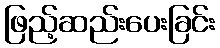
ဖြည့်ဆည်းပေးခြင်း